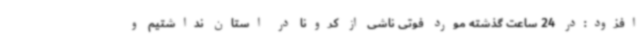
افزود:در 24 ساعت گذشته مورد فوتی ناشی از کرونا در استان نداشتیم و